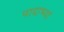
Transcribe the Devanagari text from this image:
पादाभ्यां